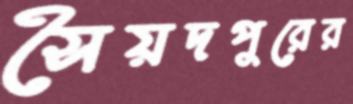
সৈয়দপুরের